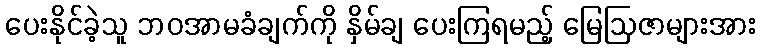
ပေးနိုင်ခဲ့သူ ဘဝအာမခံချက်ကို နှိမ်ချ ပေးကြရမည့် မြေဩဇာများအား